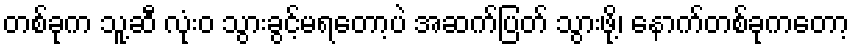
တစ်ခုက သူ့ဆီ လုံးဝ သွားခွင့်မရတော့ပဲ အဆက်ပြတ် သွားဖို့၊ နောက်တစ်ခုကတော့